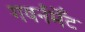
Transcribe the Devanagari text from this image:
गवर्नमेँट